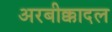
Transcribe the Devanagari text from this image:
अरबीक्कादल